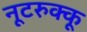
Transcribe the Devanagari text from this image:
नूटरुक्कू